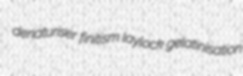
denaturiser finitism laylock gelatinisation